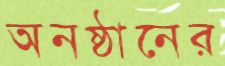
অনষ্ঠানের